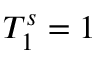
T _ { 1 } ^ { s } = 1